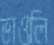
ভাওলি